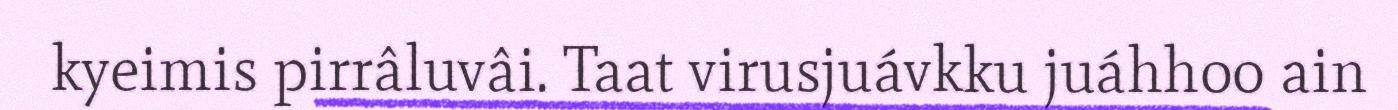
kyeimis pirrâluvâi. Taat virusjuávkku juáhhoo ain